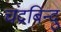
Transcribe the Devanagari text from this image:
चंद्रबिन्दु